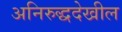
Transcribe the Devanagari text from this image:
अनिरुद्धदेखील